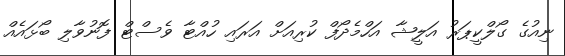
ނިއުގެ ގޯލްކީޕަރު އަލީޝާ އަހްމެދޯފް ކުރިއަށް އަރައި ހުއްޓާ ވެސްޓް ފޮނުވާލި ބޯޅައެއް